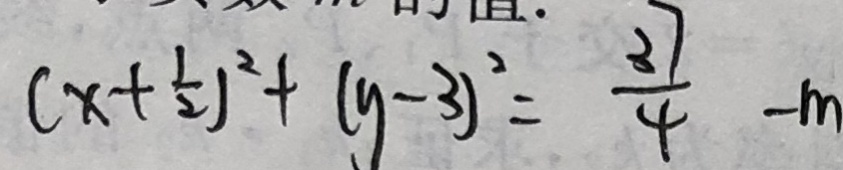
( x + \frac { 1 } { 2 } ) ^ { 2 } + ( y - 3 ) ^ { 2 } = \frac { 3 7 } { 4 } - m